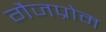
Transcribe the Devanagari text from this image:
गैजप्रोम